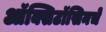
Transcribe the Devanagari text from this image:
ऑक्सिटॉसिनचे